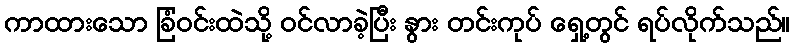
ကာထားသော ခြံဝင်းထဲသို့ ဝင်လာခဲ့ပြီး နွား တင်းကုပ် ရှေ့တွင် ရပ်လိုက်သည်။